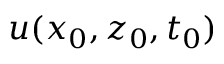
u ( x _ { 0 } , z _ { 0 } , t _ { 0 } )